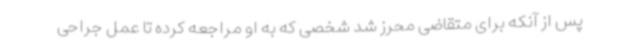
پس از آنکه برای متقاضی محرز شد شخصی که به او مراجعه کرده تا عمل جراحی